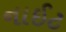
નાઈટ